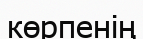
көрпенің